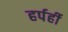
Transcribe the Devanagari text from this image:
हर्पर्ही